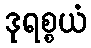
ဒုရစ္စယံ